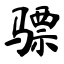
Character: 骠